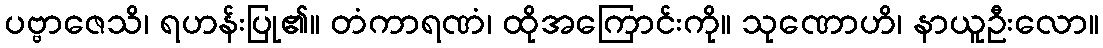
ပဗ္ဗာဇေသိ၊ ရဟန်းပြု၏။ တံကာရဏံ၊ ထိုအကြောင်းကို။ သုဏောဟိ၊ နာယူဦးလော။